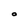
Character: O